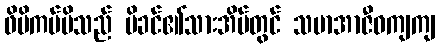
ဖိမိကပ်မိသည် မိခင်၏သားအိမ်တွင် သမာအာဇီဝကျကျ